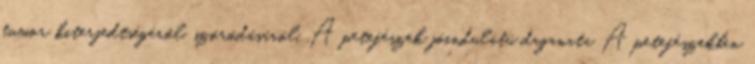
tumor kiterjedtségéről, szóródásáról. A petefészek jóindulatú daganata A petefészekben